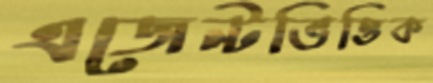
এজেন্টভিত্তিক